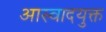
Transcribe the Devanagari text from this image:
आस्वादयुक्त